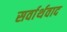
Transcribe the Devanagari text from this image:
सर्वार्थवाद